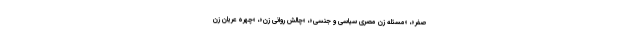
صفر»، «مسئله زن مصری سیاسی و جنسی»، «چالش روانی زن»، «چهره عریان زن